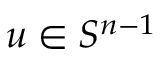
u \in S ^ { n - 1 }